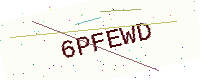
Text: 6PFEWD